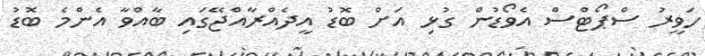
ހަވީރު ސްޕޯޓްސް އެވޯޑުން ގުޅި އަށް ބޮޑު އީދެއްރާއްޖޭގައި ބާއްވާ އެންމެ ބޮޑު